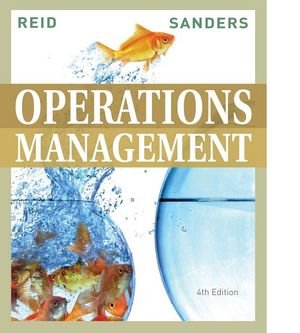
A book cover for Operations Management; R. Dan Reid; Business & Money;